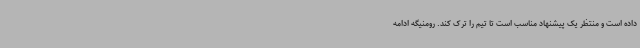
داده است و منتظر یک پیشنهاد مناسب است تا تیم را ترک کند. رومنیگه ادامه